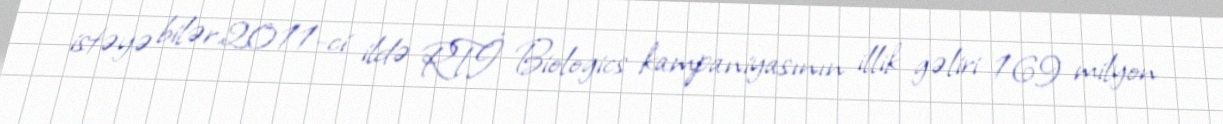
istəyə bilər.2011-ci ildə RTİ Biologics kampaniyasının illik gəliri 169 milyon